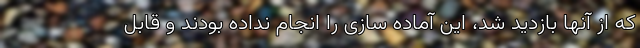
که از آنها بازدید شد، این آماده سازی را انجام نداده بودند و قابل